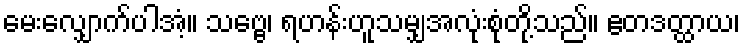
မေးလျှောက်ပါအံ့။ သဗ္ဗေ၊ ရဟန်းဟူသမျှအလုံးစုံတို့သည်။ ဧတဒတ္ထာယ၊